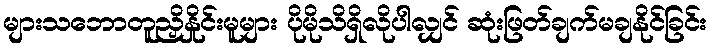
များသဘောတူညှိနှိုင်းမူများ ပိုမိုသိရှိလိုပါလျှင် ဆုံးဖြတ်ချက်မချနိုင်ခြင်း